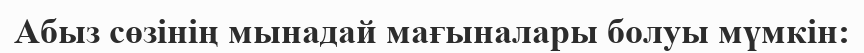
Абыз сөзінің мынадай мағыналары болуы мүмкін: